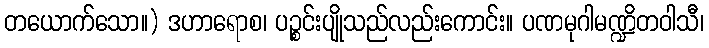
တယောက်သော။) ဒဟာရောစ၊ ပဉ္စင်းပျိုသည်လည်းကောင်း။ ပဏမုဂါမဏ္ဍိတဝါသီ၊